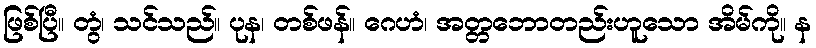
ဖြစ်ပြီ။ တွံ၊ သင်သည်။ ပုန၊ တစ်ဖန်။ ဂေဟံ၊ အတ္တဘောတည်းဟူသော အိမ်ကို။ န